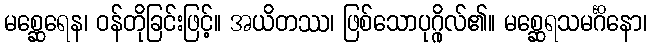
မစ္ဆေရေန၊ ဝန်တိုခြင်းဖြင့်။ အယိတဿ၊ ဖြစ်သောပုဂ္ဂိုလ်၏။ မစ္ဆေရသမင်္ဂိနော၊